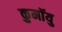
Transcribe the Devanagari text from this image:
कुमॉयु